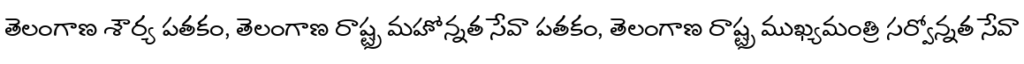
తెలంగాణ శౌర్య పతకం, తెలంగాణ రాష్ట్ర మహోన్నత సేవా పతకం, తెలంగాణ రాష్ట్ర ముఖ్యమంత్రి సర్వోన్నత సేవా